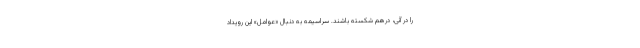
را در آنی، درهم شکسته‌ باشند. سراسیمه به دنبال «عوامل»‌ این رویداد